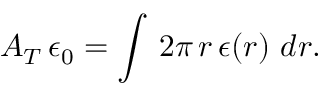
A _ { T } \, \epsilon _ { 0 } = \int \, 2 \pi \, r \, \epsilon ( r ) \, \, d r .